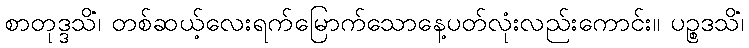
စာတုဒ္ဒသိံ၊ တစ်ဆယ့်လေးရက်မြောက်သောနေ့ပတ်လုံးလည်းကောင်း။ ပဉ္စဒသိံ၊